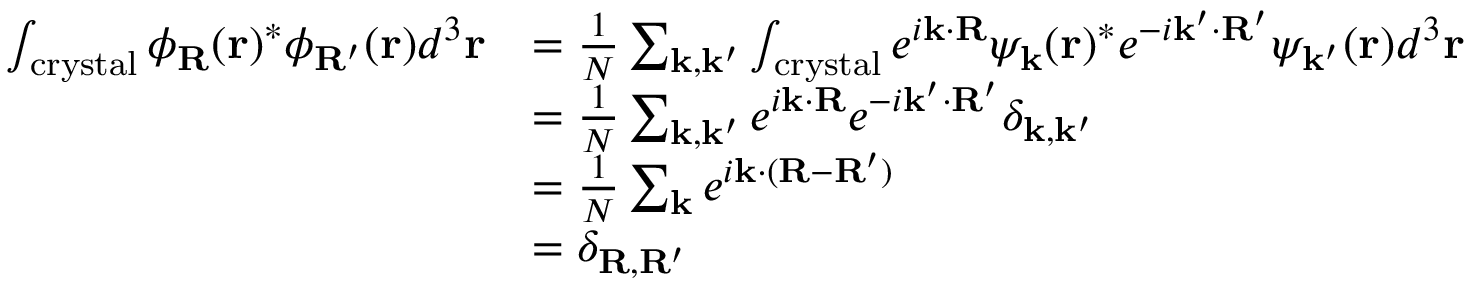
{ \begin{array} { r l } { \int _ { \mathrm { c r y s t a l } } \phi _ { \mathbf { R } } ( \mathbf { r } ) ^ { * } \phi _ { \mathbf { R ^ { \prime } } } ( \mathbf { r } ) d ^ { 3 } \mathbf { r } } & { = { \frac { 1 } { N } } \sum _ { \mathbf { k , k ^ { \prime } } } \int _ { \mathrm { c r y s t a l } } e ^ { i \mathbf { k } \cdot \mathbf { R } } \psi _ { \mathbf { k } } ( \mathbf { r } ) ^ { * } e ^ { - i \mathbf { k ^ { \prime } } \cdot \mathbf { R ^ { \prime } } } \psi _ { \mathbf { k ^ { \prime } } } ( \mathbf { r } ) d ^ { 3 } \mathbf { r } } \\ & { = { \frac { 1 } { N } } \sum _ { \mathbf { k , k ^ { \prime } } } e ^ { i \mathbf { k } \cdot \mathbf { R } } e ^ { - i \mathbf { k ^ { \prime } } \cdot \mathbf { R ^ { \prime } } } \delta _ { \mathbf { k , k ^ { \prime } } } } \\ & { = { \frac { 1 } { N } } \sum _ { \mathbf { k } } e ^ { i \mathbf { k } \cdot \mathbf { ( R - R ^ { \prime } ) } } } \\ & { = \delta _ { \mathbf { R , R ^ { \prime } } } } \end{array} }